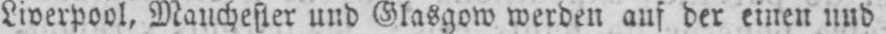
Liverpool, Manchester und Glasgow werden auf der einen und